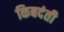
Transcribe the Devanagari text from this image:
किबदंती